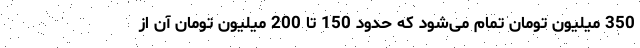
350 میلیون تومان تمام می‌شود که حدود 150 تا 200 میلیون تومان آن از